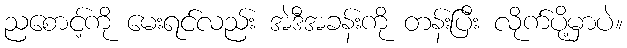
ညစောင့်ကို မေးရင်လည်း အဲဒီအခန်းကို တန်းပြီး လိုက်ပို့မှာပဲ။